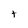
Character: t